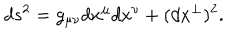
d s ^ { 2 } = g _ { \mu \nu } d x ^ { \mu } d x ^ { \nu } + ( d x ^ { \perp } ) ^ { 2 } .